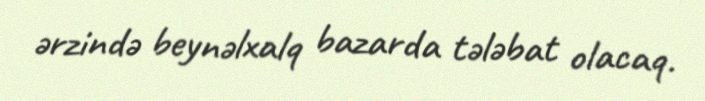
ərzində beynəlxalq bazarda tələbat olacaq.